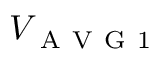
V _ { \mathrm { ~ A ~ V ~ G ~ 1 ~ } }